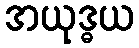
အယုဒ္ဓယ